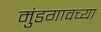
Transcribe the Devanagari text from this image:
मुंडगावच्या